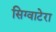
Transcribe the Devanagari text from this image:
सिग्वाटेरा